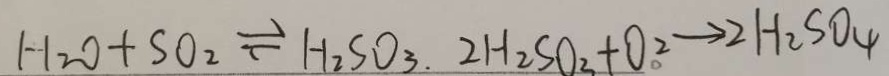
H _ { 2 } O + S 0 _ { 2 } \rightleftharpoons H _ { 2 } S O _ { 3 } . 2 H _ { 2 } S O _ { 3 } + O _ { \circ } ^ { 2 } \rightarrow 2 H _ { 2 } S O _ { 4 }